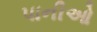
પાનીઓ